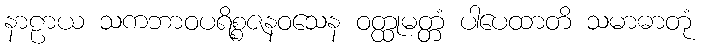
နာဠာယ သကဘာဝပရိစ္စဇနဝသေန ဝတ္ထုမတ္တံ ပါပေထာတိ သမာဓာတုံ